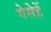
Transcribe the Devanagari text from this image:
गेसेहें